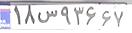
۱۸س۹۳۶۶۷